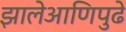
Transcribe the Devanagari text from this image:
झालेआणिपुढे